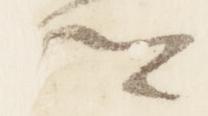
卿